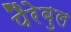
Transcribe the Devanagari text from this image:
पैरेबुल